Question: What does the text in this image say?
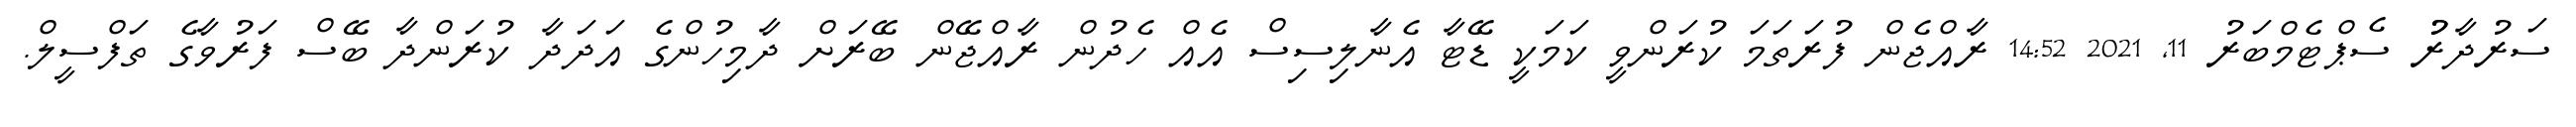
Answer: ސަރުދާރުު ސެޕްޓެމްބަރު 11, 2021 14:52 ރާއްޖެން ފުރަތަމަ ކުރަންވީ ކަމަކީ ޑޭޓާ އެނާލިސިސް އެއް ހެދުން ރާއްޖޭން ބޭރަށް ދާމިހުންގެ އަދަދާ ކުރަންދާ ބޭސް ފަރުވާގެ ތަފްސީލް.